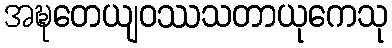
အဍ္ဎတေယျဝဿသတာယုကေသု